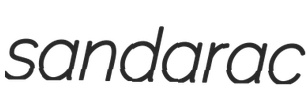
sandarac